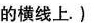
的横线上.)